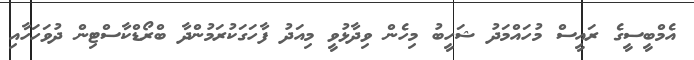
އެމްބީސީގެ ރައީސް މުހައްމަދު ޝަހީބު މިހެން ވިދާޅުވީ މިއަދު ފާހަގަކުރަމުންދާ ބްރޯޑްކާސްޓިން ދުވަހަހާއި